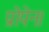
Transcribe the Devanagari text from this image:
प्रोपेन।